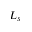
L _ { s }